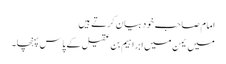
امام صاحب خود بیان کرتے ہیں
میں یمن میں ابراہیم بن عقیل کے پاس پہنچا۔